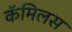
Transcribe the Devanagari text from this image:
कॅमिलस